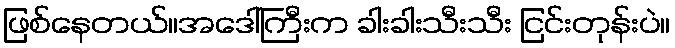
ဖြစ်နေတယ်။အဒေါ်ကြီးက ခါးခါးသီးသီး ငြင်းတုန်းပဲ။